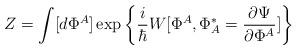
LaTeX: \begin{align*}Z=\int [d\Phi^A]\exp\left\{\frac{i}{\hbar} W [\Phi^A,\Phi^*_A=\frac{\partial\Psi}{\partial\Phi^A}] \right\}\end{align*}